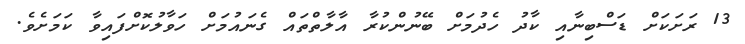
13 ރަށަކަށް ޑަސްބިނާއި ކާދު ހެދުމަށް ބޭނުންކުރާ އާލާތްތައް ގެނައުމަށް ހަވާލުކޮށްފައިވާ ކަމަށެވެ.